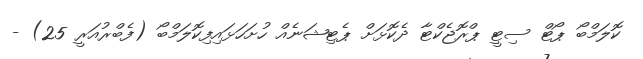
ކޮލަމްބޯ ޕޯޓް ސިޓީ ޕްރޮޖެކްޓާ ދެކޮޅަށް ޕެޓިޝަނެއް ހުށަހަޅައިފިކޮލަމްބޯ (ފެބްރުއަރީ 25) -